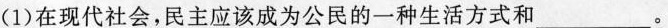
(1)在现代社会，民主应该成为公民的一种生活方式和_。